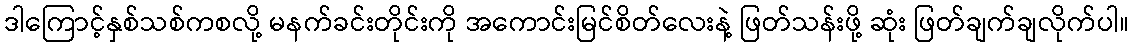
ဒါကြောင့်နှစ်သစ်ကစလို့ မနက်ခင်းတိုင်းကို အကောင်းမြင်စိတ်လေးနဲ့ ဖြတ်သန်းဖို့ ဆုံး ဖြတ်ချက်ချလိုက်ပါ။